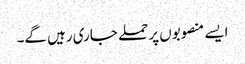
ایسے منصوبوں پر حملے جاری رہیں گے۔